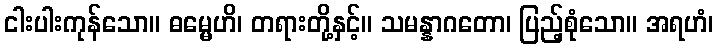
ငါးပါးကုန်သော။ ဓမ္မေဟိ၊ တရားတို့နှင့်။ သမန္နာဂတော၊ ပြည့်စုံသော။ အရဟံ၊